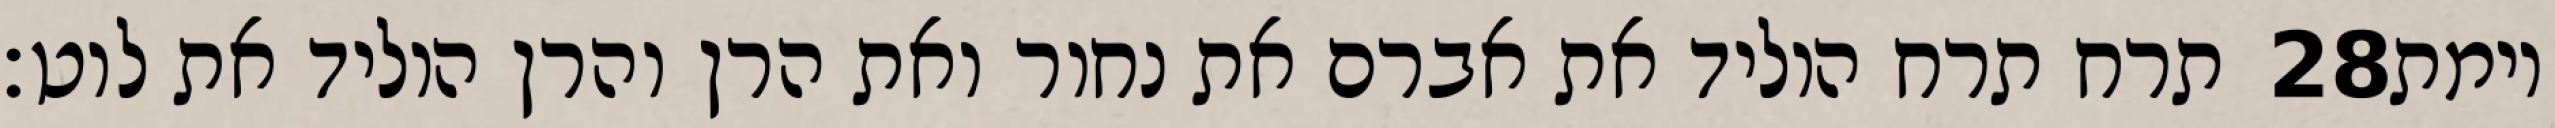
תרח תרח הוליד את אברם את נחור ואת הרן והרן הוליד את לוט׃ ‎28‏ וימת